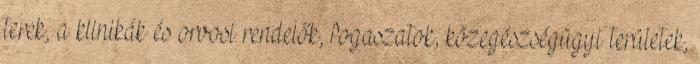
terek, a klinikák és orvosi rendelők, fogaszatok, közegészségügyi területek,